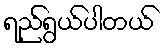
ရည်ရွယ်ပါတယ်